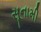
સૂનામી